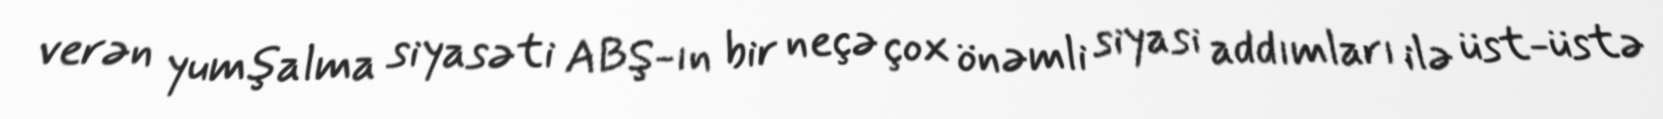
verən yumşalma siyasəti ABŞ-ın bir neçə çox önəmli siyasi addımları ilə üst-üstə